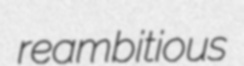
reambitious